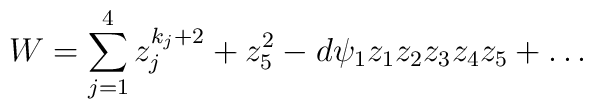
W = \sum_{j=1}^4 z_j^{k_j+2} + z_5^2 - d \psi_1 z_1z_2z_3z_4z_5 + \dots